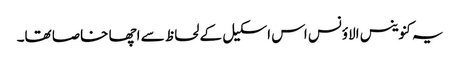
یہ کنوینس الاؤنس اس اسکیل کے لحاظ سے اچھا خاصا تھا۔